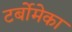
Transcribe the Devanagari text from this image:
टर्बोमेका